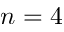
n = 4